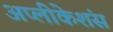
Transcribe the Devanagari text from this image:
अप्लीकेशंस